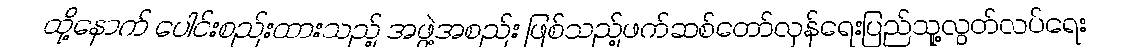
ထို့နောက် ပေါင်းစည်းထားသည့် အဖွဲ့အစည်း ဖြစ်သည့်ဖက်ဆစ်တော်လှန်ရေးပြည်သူ့လွတ်လပ်ရေး